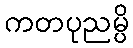
ကတပုညမ္ပိ